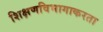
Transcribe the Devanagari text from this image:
शिक्षणविभागाकरता